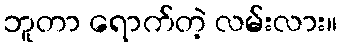
ဘူတာ ရောက်တဲ့ လမ်းလား။